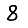
Digit: 8